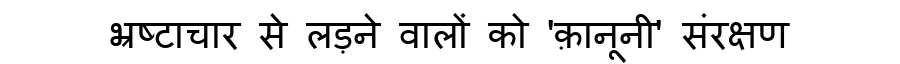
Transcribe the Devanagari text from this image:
भ्रष्टाचार से लड़ने वालों को 'क़ानूनी' संरक्षण